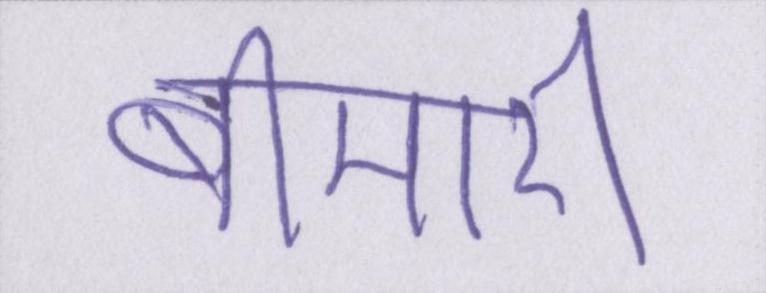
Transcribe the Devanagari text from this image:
बीमारी